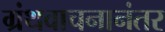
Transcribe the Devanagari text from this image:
ग्रंथवाचनानंतर